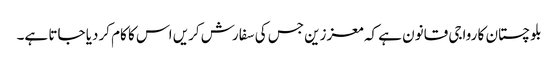
بلوچستان کا رواجی قانون ہے کہ معززین جس کی سفارش کریں اس کا کام کردیا جاتا ہے۔